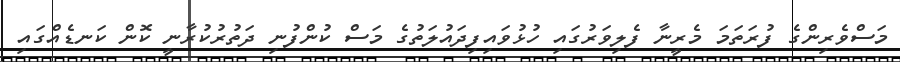
މަސްވެރިންގެ ފުރަތަަމަ މެރީނާ ފެލިވަރުގައި ހުޅުވައިފިދައުލަތުގެ މަސް ކުންފުނި ދަތުރުކުރާނީ ކޮން ކަނޑެއްގައި